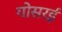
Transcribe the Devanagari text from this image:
गोसरई